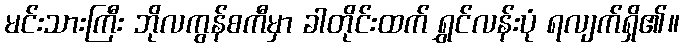
မင်းသားကြီး ဘိုလကွန်စကီမှာ ခါတိုင်းထက် ရွှင်လန်းပုံ ရလျက်ရှိ၏။